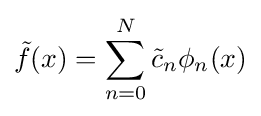
{\tilde {f}}(x)=\sum _{n=0}^{N}{\tilde {c}}_{n}\phi _{n}(x)